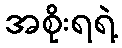
အစိုးရရဲ့